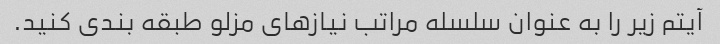
آیتم زیر را به عنوان سلسله مراتب نیازهای مزلو طبقه بندی کنید.